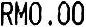
RM0.00